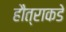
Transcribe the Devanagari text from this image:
हौत्राकडे